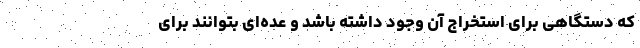
که دستگاهی برای استخراج آن وجود داشته باشد و عده‌ای بتوانند برای